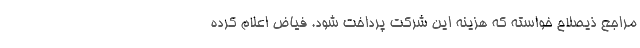
مراجع ذیصلاح خواسته که هزینه این شرکت پرداخت شود. فیاض اعلام کرده